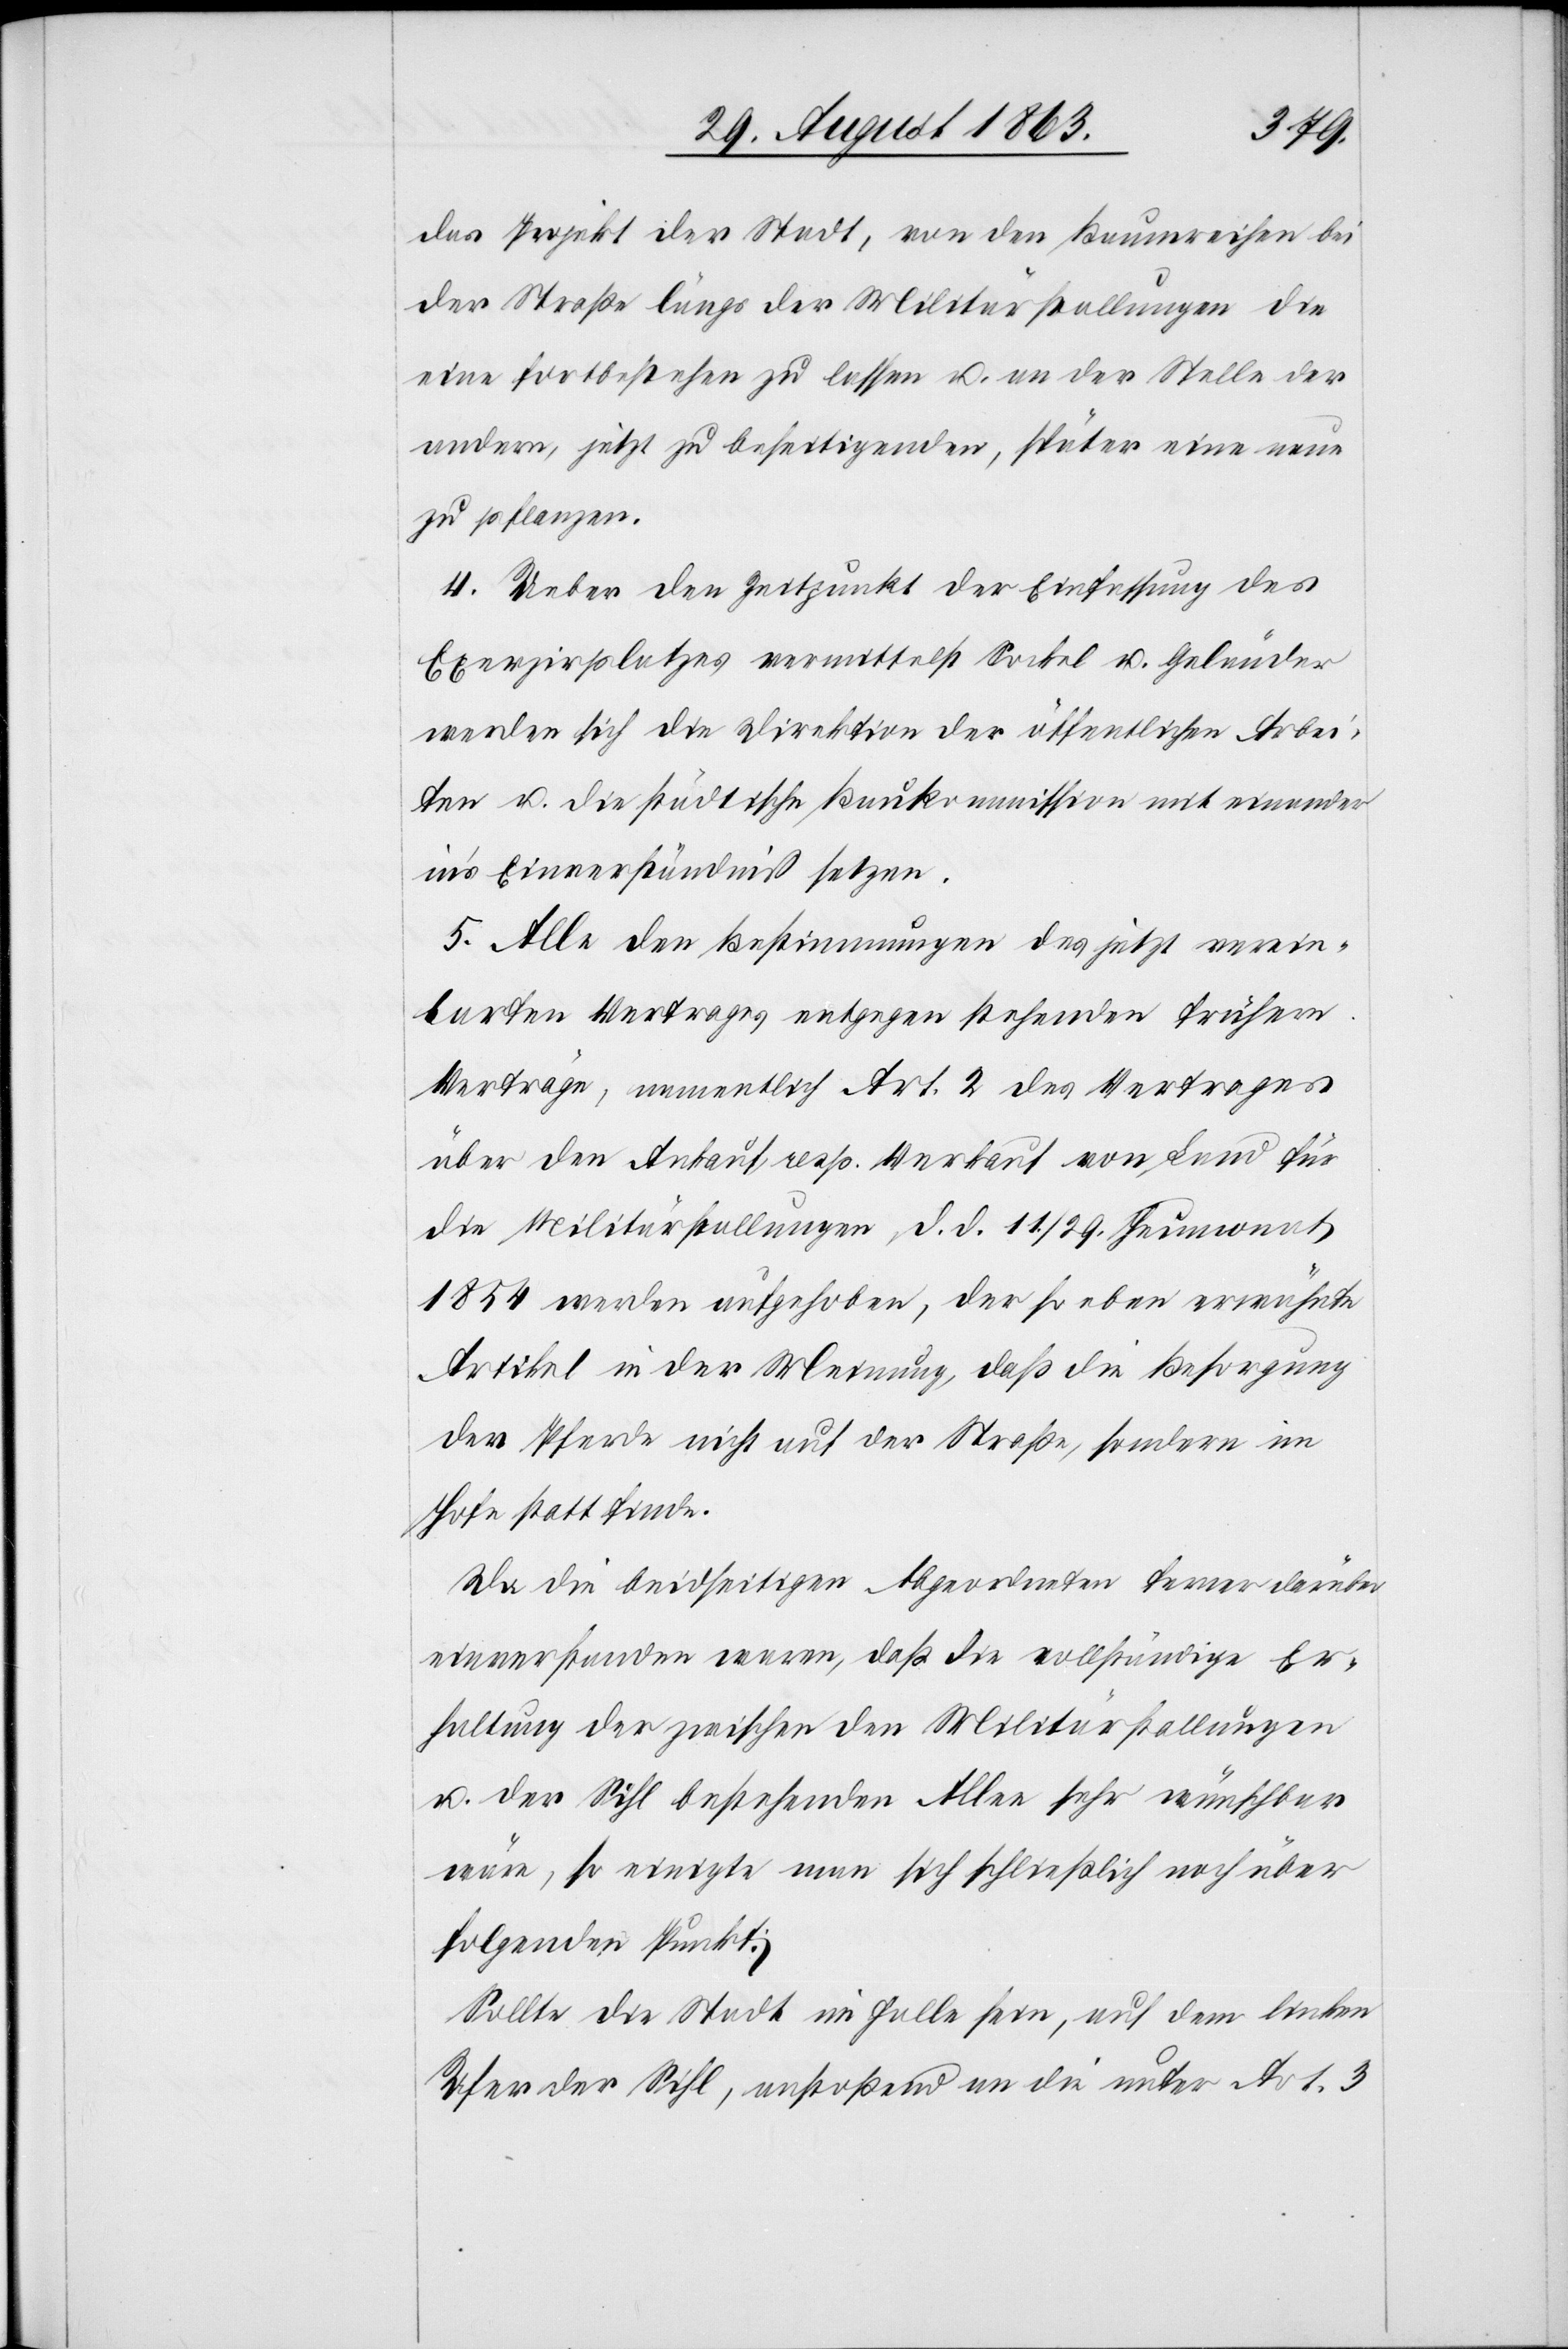
das Projekt der Stadt, von den Baumreihen bei
der Straße längs der Militärstallungen die
eine fortbestehen zu lassen u. an der Stelle der
andern, jetzt zu beseitigenden, später eine neue
zu pflanzen.
4. Ueber den Zeitpunkt der Einfassung des
Exerzirplatzes vermittelst Sockel u. Geländer
werden sich die Direktion der öffentlichen Arbei¬
ten u. die städtische Baukommission mit einander
in's Einverständniß setzen.
5. Alle den Bestimmungen des jetzt verein¬
barten Vertrages entgegen stehenden frühern
Verträge, namentlich Art. 2 des Vertrages
über den Ankauf resp. Verkauf von Land für
die Militärstallungen d. d. 11./29. Heumonat
1854 werden aufgehoben, der so eben erwähnte
Artikel in der Meinung, daß die Besorgung
der Pferde nicht auf der Straße, sondern im
Hofe statt finde.
Da die beidseitigen Abgeordneten ferner darüber
einverstanden waren, daß die vollständige Er¬
haltung der zwischen den Militärstallungen
u. der Sihl bestehenden Allee sehr wünschbar
wäre, so einigte man sich schließlich noch über
folgenden Punkt:
Sollte die Stadt im Falle sein, auf dem linken
Ufer der Sihl, anstoßend an die unter Art. 3